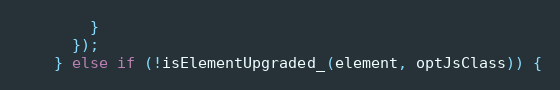
Language: JavaScript
        }
      });
    } else if (!isElementUpgraded_(element, optJsClass)) {